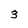
Character: 3